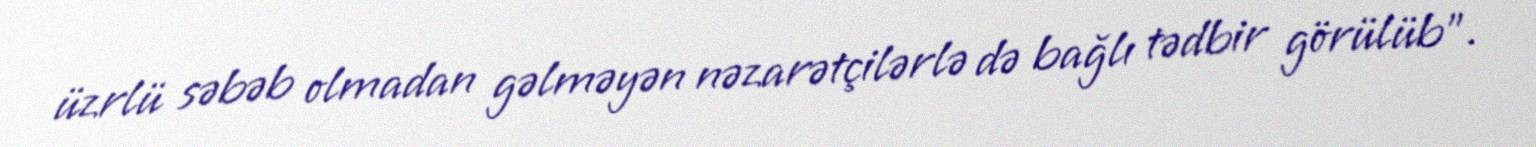
üzrlü səbəb olmadan gəlməyən nəzarətçilərlə də bağlı tədbir görülüb".